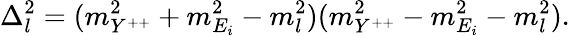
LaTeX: \Delta_{l}^{2}=(m_{Y^{++}}^{2}+m_{E_{i}}^{2}-m_{l}^{2})(m_{Y^{++}}^{2}-m_{E_{i}}^{2}-m_{l}^{2}).